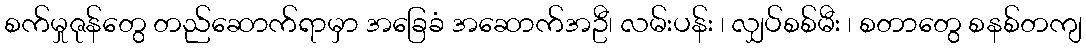
စက်မှုဇုန်တွေ တည်ဆောက်ရာမှာ အခြေခံ အဆောက်အဦ၊ လမ်းပန်း ၊ လျှပ်စစ်မီး ၊ စတာတွေ စနစ်တကျ